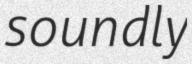
soundly